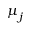
\boldsymbol { \mu } _ { j }